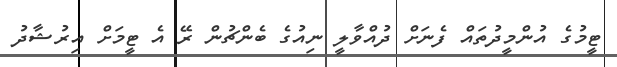
ޓީމުގެ އުންމީދުތައް ފެނަށް ދުއްވާލީ ނިއުގެ ބެންޗުން ރޭ އެ ޓީމަށް އިރުޝާދު